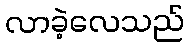
လာခဲ့လေသည်